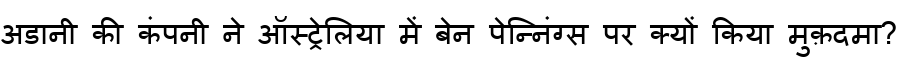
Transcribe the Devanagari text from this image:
अडानी की कंपनी ने ऑस्ट्रेलिया में बेन पेन्निंग्स पर क्यों किया मुक़दमा?